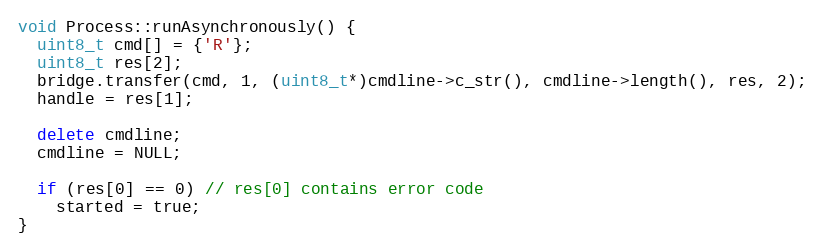
Language: C++
void Process::runAsynchronously() {
  uint8_t cmd[] = {'R'};
  uint8_t res[2];
  bridge.transfer(cmd, 1, (uint8_t*)cmdline->c_str(), cmdline->length(), res, 2);
  handle = res[1];

  delete cmdline;
  cmdline = NULL;

  if (res[0] == 0) // res[0] contains error code
    started = true;
}